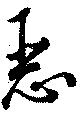
惡